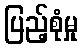
ပြည့်စုံမှု